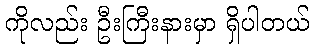
ကိုလည်း ဦးကြီးနားမှာ ရှိပါတယ်